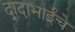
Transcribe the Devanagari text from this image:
दादाभाईंचे